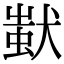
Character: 𤠷